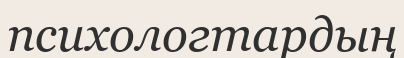
психологтардың